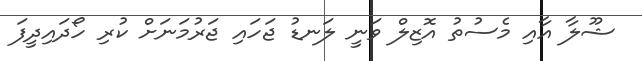
ޝޫލާ އާއި މެސުތު އޮޒިލް ވަނީ ލަނޑު ޖަހައި ޖަރުމަނަށް ކުރި ހޯދައިދީފަ